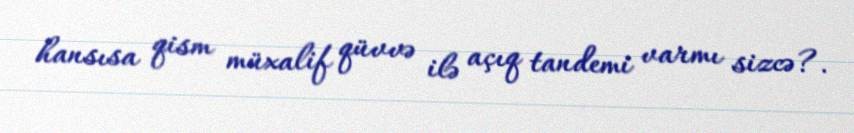
hansısa qism müxalif qüvvə ilə açıq tandemi varmı sizcə?.